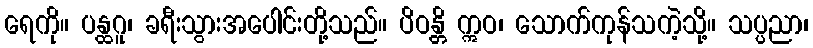
ရေကို။ ပန္ထဂူ၊ ခရီးသွားအပေါင်းတို့သည်။ ပိဝန္တိ ဣဝ၊ သောက်ကုန်သကဲ့သို့။ သပ္ပညာ၊